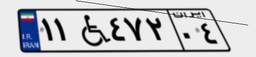
۷۶W۱۵۰۳۱